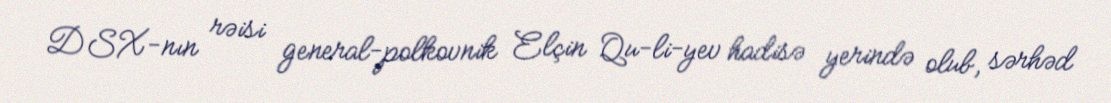
DSX-nın rəisi general-polkovnik Elçin Qu­li­yev hadisə yerində olub, sərhəd